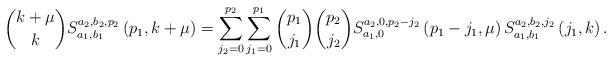
LaTeX: \begin{align*}\binom{k+\mu }{k}S_{a_{1},b_{1}}^{a_{2},b_{2},p_{2}}\left( p_{1},k+\mu\right) =\sum_{j_{2}=0}^{p_{2}}\sum_{j_{1}=0}^{p_{1}}\binom{p_{1}}{j_{1}}\binom{p_{2}}{j_{2}}S_{a_{1},0}^{a_{2},0,p_{2}-j_{2}}\left( p_{1}-j_{1},\mu\right) S_{a_{1},b_{1}}^{a_{2},b_{2},j_{2}}\left( j_{1},k\right) .\end{align*}